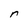
Character: r